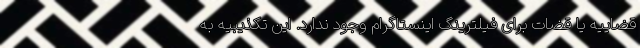
قضاییه یا قضات برای فیلترینگ اینستاگرام وجود ندارد. این تکذیبیه به